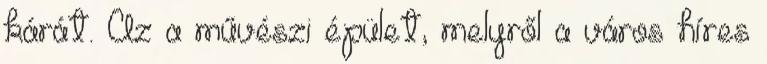
kárát. Az a művészi épület, melyről a város híres